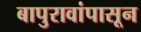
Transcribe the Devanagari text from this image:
बापुरावांपासून